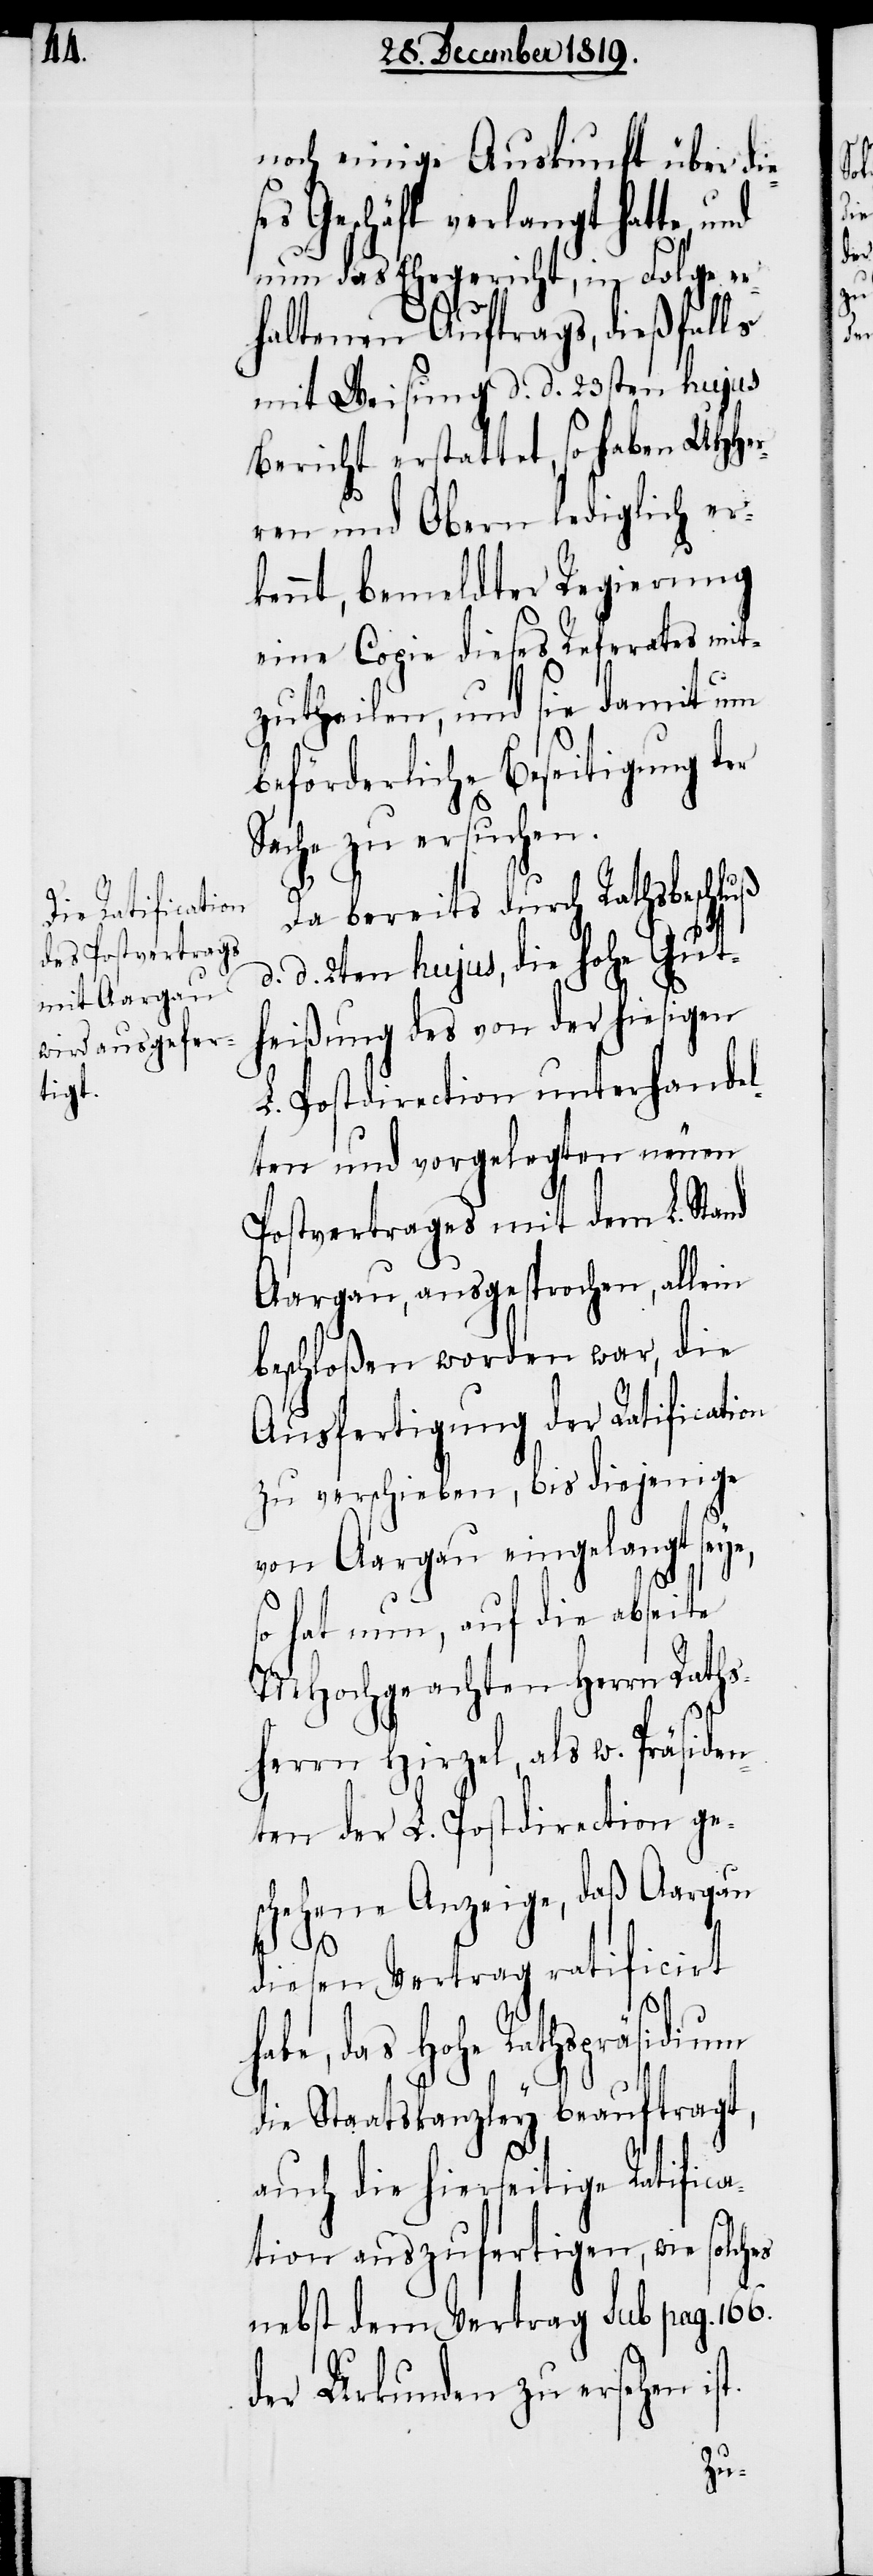
noch einige Auskunft über die¬
s Geschäft verlangt hatte,
nun das Ehegericht, in Folge er¬
haltenen Auftrags, dießfalls
mit Weisung d. d. 23sten hujus
Bericht erstattet, so haben UHHer¬
ren und Obern lediglich er¬
kennt, bemeldter Regierung
eine Copie dieses Referates mit¬
zutheilen, und sie damit um
beförderliche Beseitigung der
Sache zu ersuchen.
Da bereits durch Rathsbeschluß
d. 2ten hujus, die hohe Gut¬
heißung des von der hiesigen
L. Postdirection unterhandel¬
ten und vorgelegten neuen
Postvertrages mit dem L. Stand
Aargau, ausgesprochen, allein
beschloßen worden war, die
Ausfertigung der Ratification
zu verschieben, bis diejenige
von Aargau eingelangt seye,
so hat nun, auf die abseite
MHochgeachten Herrrn Raths¬
herrn Hirzel, als w. Präside¬
nten der L. Postdirection ge¬
schehene Anzeige, daß Aargau
diesen Vertrag ratificirt
habe, das Hohe Rathspräsidium
die Staatskanzley beauftragt,
auch die hierseitige Ratifica¬
tion auszufertigen, wie solche
nebst dem Vertrag sub pag. 166.
der Urkunden zu ersehen is¬
t.